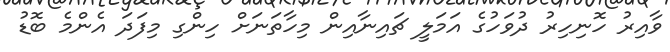
ވާއިރު ހޮނިހިރު ދުވަހުގެ އަމަލީ ޗައިނާއިން މިހާތަނަށް ހިންގި މިފަދަ އެންމެ ބޮޑު